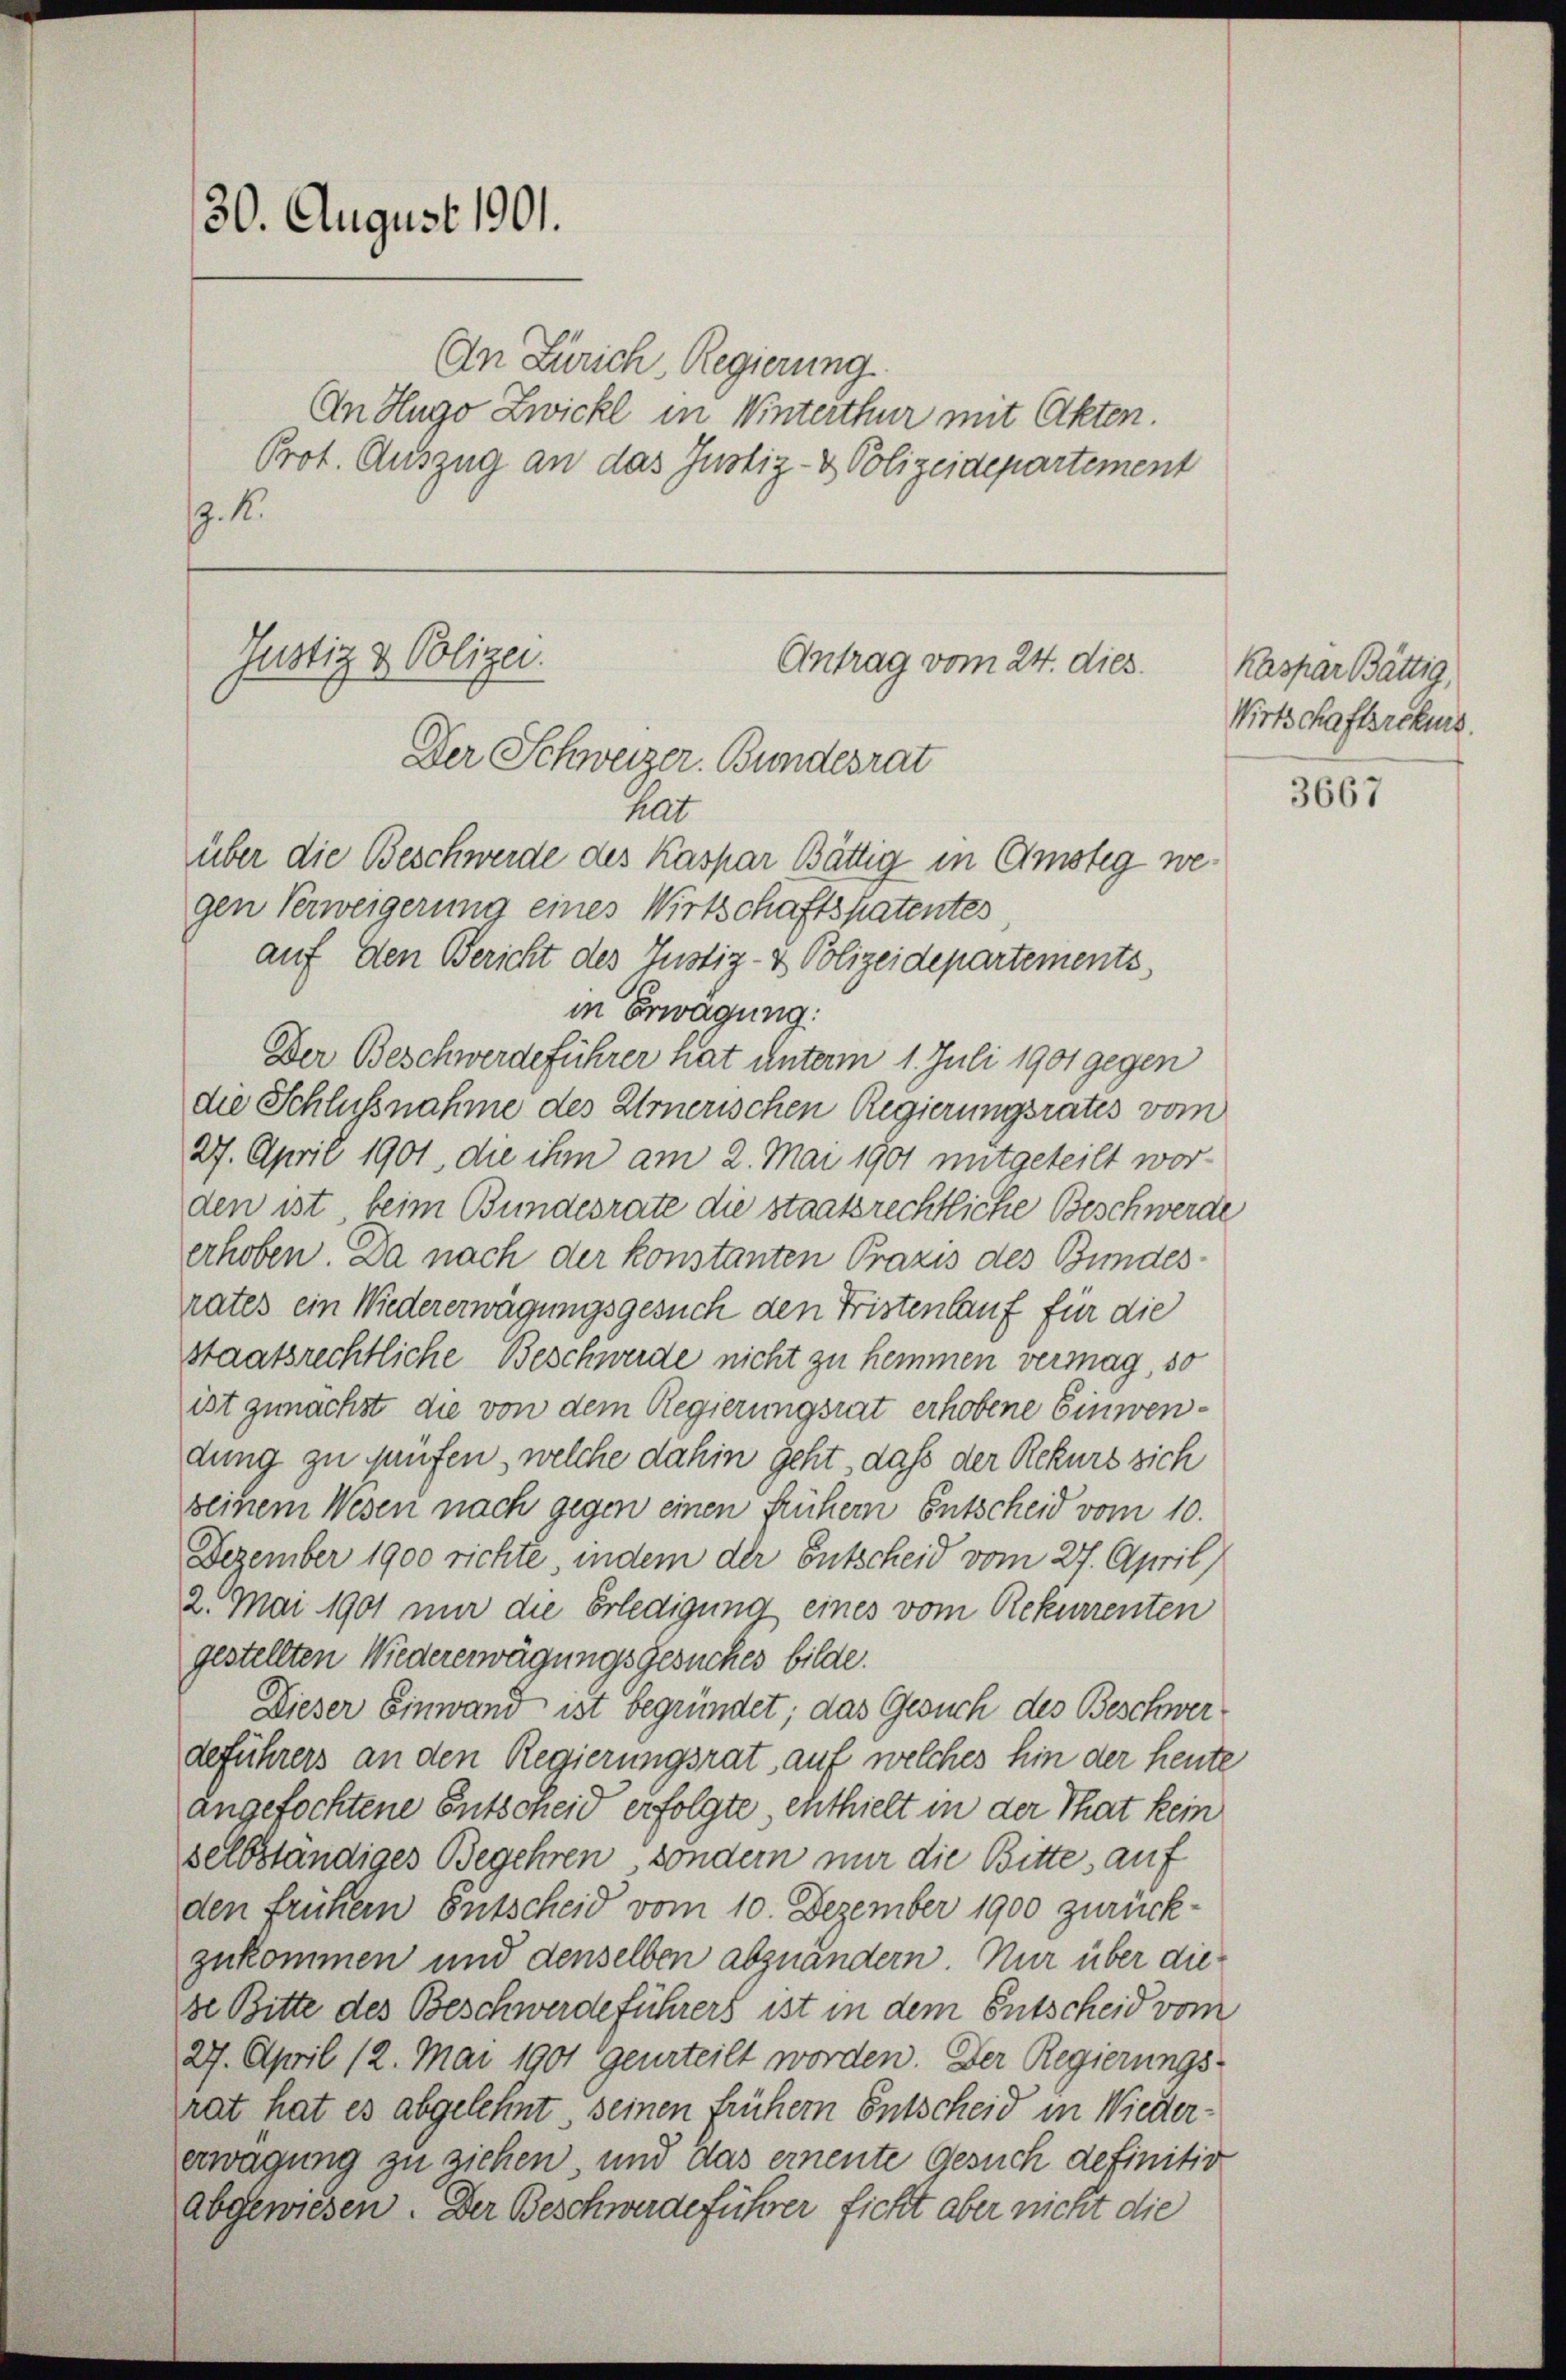
30. August 1901.

. 1.

An Zürich Regierung
An Hugo Zwickl in Winterthur mit Akten.
Prot. Auszug an das Justiz- & Polizeidepartement

über die Beschwerde des Kaspar Bättig in Amsteg wegen Verweigerung eines Wirtschaftspatentes,
auf den Bericht des Justiz- & Polizeidepartements
in Erwägung:
Der Beschwerdeführer hat unterm 1. Juli 1901 gegen
die Schlußnahme des Urnerischen Regierungsrates vom
27. April 1901, die ihm am 2. Mai 1901 mitgeteilt worden ist beim Bundesrate die staatsrechtliche Beschwerde
erhoben. Da nach der konstanten Praxis des Bundesrates ein Wiedererwägungsgesuch den Fristenlauf für die
staatsrechtliche Beschwerde nicht zu hemmen vermag, so
ist gemachst die von dem Regierungsrat erhobene Einwendung zu prüfen, welche dahin geht, daß der Rekurs sich
seinem Wesen nach gegen einen frühern Entscheid vom 10.
Dezember 1900 richte, indem der Entscheid vom 27. April)
2. Mai 1901 nur die Erledigung eines vom Rekurrenten
gestellten Wiedererwägungsgesuches bilde.
Dieser Einwand ist begründet; das Gesuch des Beschwerdeführers an den Regierungsrat auf welches hin der heute
angefochtene Entscheid erfolgte enthielt in der That kein
selbständiges Begehren, sondern nur die Bitte auf
den frühem Entscheid vom 10. Dezember 1900 zurück-
zukommen und denselben abzuändern. Nur über diese Bitte des Beschwerdeführers ist in dem Entscheid vom
27. April 12. Mai 1901 geurteilt worden. Der Regierungs-
rat hat es abgelehnt, seinen frühern Entscheid in Wiedererwägung zu ziehen, und das ernente Gesuch definitiv
abgewiesen. Der Beschwerdeführer ficht aber nicht die

Justiz & Polizei.
Antrag vom 24. dies.
Der Schweizer. Bundesrat
hat

Kaspar Bättig
Wirtschaftsrekurs.

3667